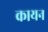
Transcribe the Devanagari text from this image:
कायन